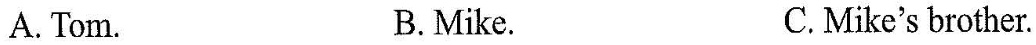
A Tom.BMike.C.Mike's brother.